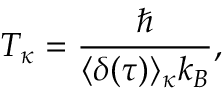
T _ { \kappa } = \frac { \hbar } { \langle \delta ( \tau ) \rangle _ { \kappa } k _ { B } } , \nonumber